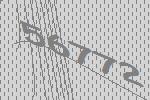
56772